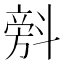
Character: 𣂆